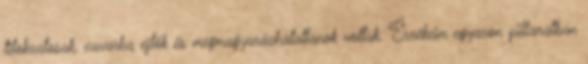
titokzatosak, zavarba ejtők és megmagyarázhatatlanok voltak. Érzékeim egyazon pillanatban